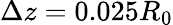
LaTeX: \Delta z=0.025R_{0}